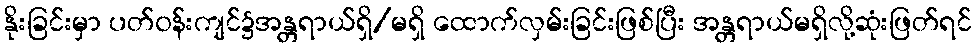
နိုးခြင်းမှာ ပတ်၀န်းကျင်၌အန္တရာယ်ရှိ/မရှိ ထောက်လှမ်းခြင်းဖြစ်ပြီး အန္တရာယ်မရှိလို့ဆုံးဖြတ်ရင်